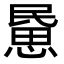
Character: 𢞰